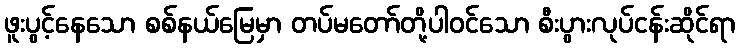
ဖူးပွင့်နေသော စစ်နယ်မြေမှာ တပ်မတော်တို့ပါဝင်သော စီးပွားလုပ်ငန်းဆိုင်ရာ